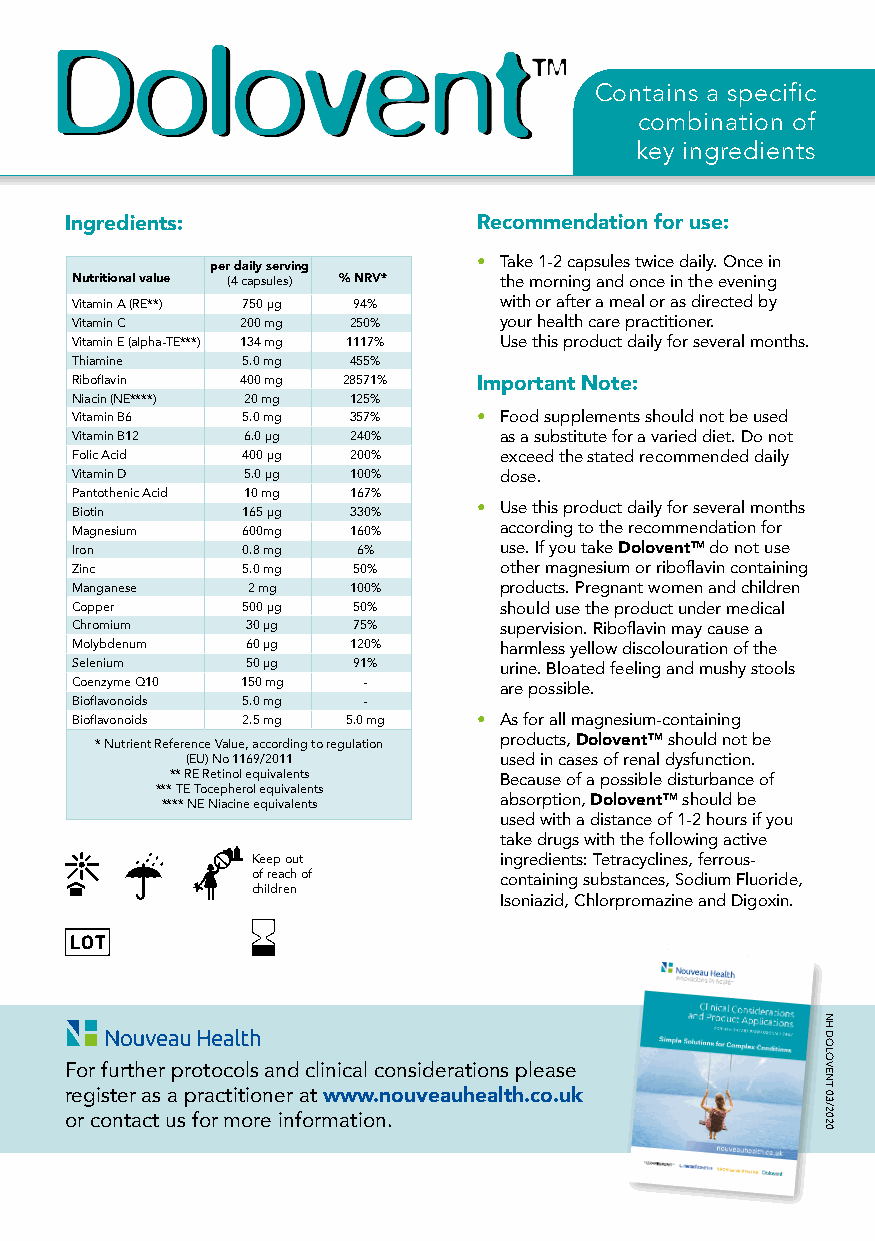
Contains a specific
 combination of
 key ingredients
 Ingredients:                Recommendation for use:
 • Take 1-2 capsules twice daily. Once in
 per daily serving
 Nutritional value (4 capsules) % NRV* the morning and once in the evening
 Vitamin A (RE**) 750 µg 94% with or after a meal or as directed by
 Vitamin C  200 mg 250%      your health care practitioner.
 Vitamin E (alpha-TE***) 134 mg 1117% Use this product daily for several months.
 Thiamine   5.0 mg 455%
 Riboflavin 400 mg 28571%   Important Note:
 Niacin (NE****) 20 mg 125%
 Vitamin B6 5.0 mg 357%     • Food supplements should not be used
 Vitamin B12 6.0 µg 240%     as a substitute for a varied diet. Do not
 Folic Acid 400 µg 200%      exceed the stated recommended daily
 Vitamin D  5.0 µg 100%      dose.
 Pantothenic Acid 10 mg 167%
 Biotin     165 µg 330%     • Use this product daily for several months
 Magnesium  600mg  160%      according to the recommendation for
 Iron       0.8 mg  6%       use. If you take DoloventTM do not use
 Zinc       5.0 mg 50%       other magnesium or riboflavin containing
 Manganese  2 mg   100%      products. Pregnant women and children
 Copper     500 µg 50%       should use the product under medical
 Chromium   30 µg  75%       supervision. Riboflavin may cause a
 Molybdenum 60 µg  120%      harmless yellow discolouration of the
 Selenium   50 µg  91%       urine. Bloated feeling and mushy stools
 Coenzyme Q10 150 mg -       are possible.
 Bioflavonoids 5.0 mg -
 Bioflavonoids 2.5 mg 5.0 mg • As for all magnesium-containing
 * Nutrient Reference Value, according to regulation products, DoloventTM should not be
 (EU) No 1169/2011    used in cases of renal dysfunction.
 ** RE Retinol equivalents Because of a possible disturbance of
 *** TE Tocepherol equivalents
 **** NE Niacine equivalents absorption, DoloventTM should be
 used with a distance of 1-2 hours if you
 take drugs with the following active
 Keep out        ingredients: Tetracyclines, ferrous-
 of reach of     containing substances, Sodium Fluoride,
 children
 Isoniazid, Chlorpromazine and Digoxin.
 For further protocols and clinical considerations please
 register as a practitioner at www.nouveauhealth.co.uk
 or contact us for more information.
 NH
 DOLOVENT
 03/2020